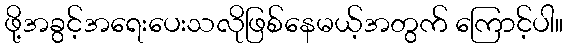
ဖို့အခွင့်အရေးပေးသလိုဖြစ်နေမယ့်အတွက် ကြောင့်ပါ။